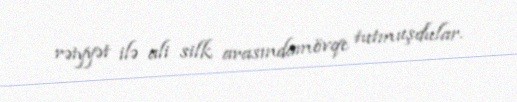
rəiyyət ilə ali silk arasındamövqe tutmuşdular.